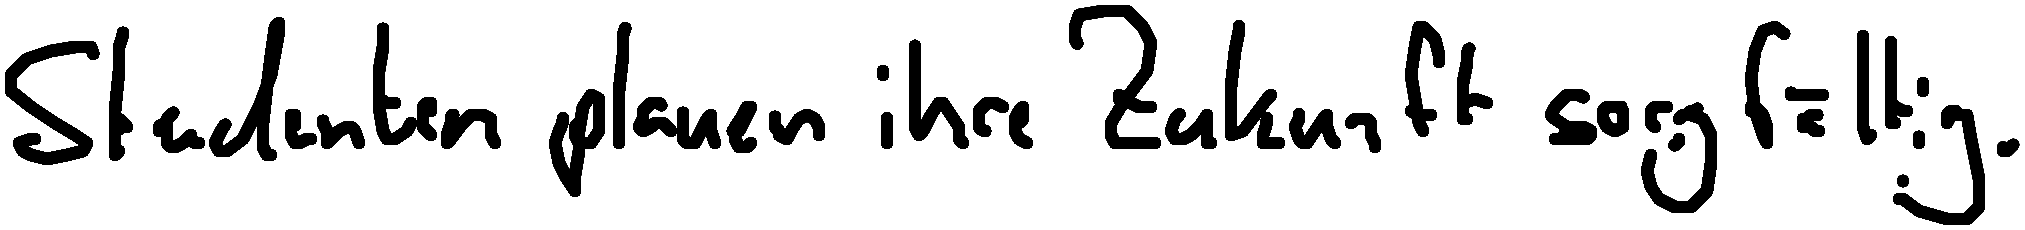
Studenten planen ihre Zukunft sorgfältig.